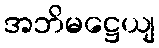
အဘိမဋ္ဌေယျ